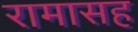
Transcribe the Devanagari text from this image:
रामासह